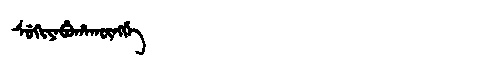
Manchu: ᠰᡠᡴᡳᠶᠠᠪᡠᡥᠠᡴᡡᠩᡤᡝ
Romanization: SUKIYABUHAKŪNGGE